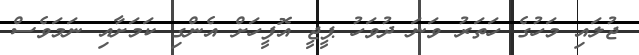
ޖުލައި މަހުގެ ހަތަރު ވަނަ ދުވަހު ޕީޖީ އޮފީހަށް އެންގި ކަމަށާއި ނަމަވެސް